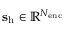
\mathbf { s } _ { \mathrm { h } } \in \mathbb { R } ^ { N _ { \mathrm { e n c } } }